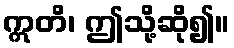
ဣတိ၊ ဤသို့ဆို၍။